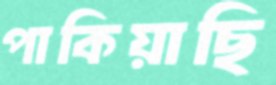
পাকিয়াছি